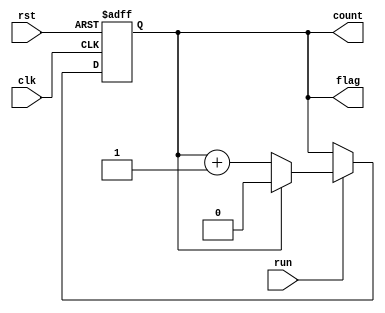
module Counter_One_Bit(
		input				rst,
		input				clk,
		input				run,
		output	reg			count,
		output	wire		flag
		);
//////////////// var /////////////
	parameter	count_max=1'd1;
	reg			next_count;
	assign flag=(count==count_max);

	always@(posedge clk or posedge rst) begin
		if (rst) begin
			count<=1'd0;			
		end else if(run)begin
			count<=next_count;
		end
	end

	always@(*)begin
		if(count==count_max)begin
			next_count=1'd0;
		end else begin
			next_count=count+1'd1;
		end
	end
endmodule